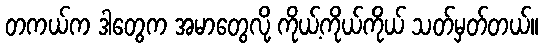
တကယ်က ဒါတွေက အမာတွေလို့ ကိုယ့်ကိုယ်ကိုယ် သတ်မှတ်တယ်။